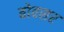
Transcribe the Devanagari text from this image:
बोवसर